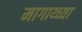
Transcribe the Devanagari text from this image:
मागाय्च्या